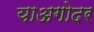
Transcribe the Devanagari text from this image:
याअगोदर